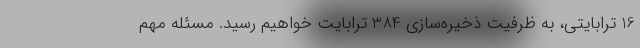
16 ترابایتی، به ظرفیت ذخیره‌سازی 384 ترابایت خواهیم رسید. مسئله مهم